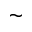
\sim